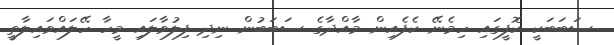
ސަބަބަކީ ކޮފީގައި ހިމެނޭ ކެފެއިން މާއްދާގެ ސަބަބުން ނިދި ފިލުވާލައި މީހާ ހޭލައްވައިލާތީ